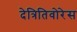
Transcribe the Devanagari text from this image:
देत्रितिवोरेस